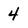
Character: 4